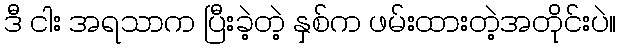
ဒီ ငါး အရသာက ပြီးခဲ့တဲ့ နှစ်က ဖမ်းထားတဲ့အတိုင်းပဲ။